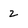
Character: 2